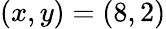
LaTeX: (x,y)=(8,2)